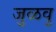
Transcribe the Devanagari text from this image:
जुळवु